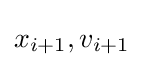
x_{i+1},v_{i+1}